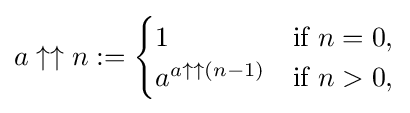
{a\uparrow \uparrow n}:={\begin{cases}1&{\text{if }}n=0,\\a^{a\uparrow \uparrow (n-1)}&{\text{if }}n>0,\end{cases}}